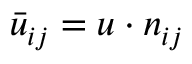
\bar { u } _ { i j } = \boldsymbol { u } \cdot \boldsymbol { n } _ { i j }